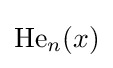
{\textstyle \operatorname {He} _{n}(x)}